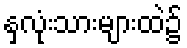
နှလုံးသားများထဲ၌